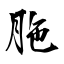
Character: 胣